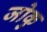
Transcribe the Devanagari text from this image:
जोकु